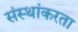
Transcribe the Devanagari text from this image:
संस्थांकरता